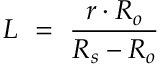
L \ = \ { \frac { r \cdot R _ { o } } { R _ { s } - R _ { o } } }